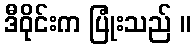
ဒီဝိုင်းက ပြုံးသည် ။